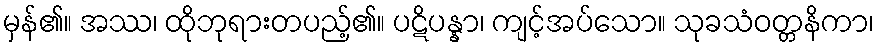
မှန်၏။ အဿ၊ ထိုဘုရားတပည့်၏။ ပဋိပန္နာ၊ ကျင့်အပ်သော။ သုခသံဝတ္တနိကာ၊